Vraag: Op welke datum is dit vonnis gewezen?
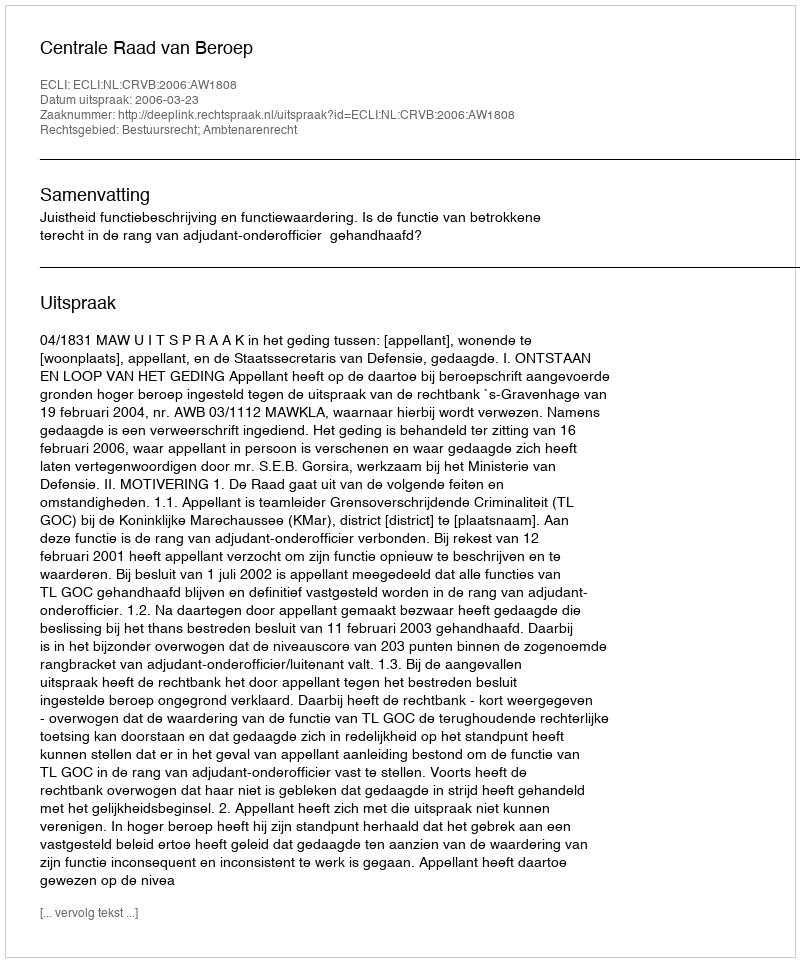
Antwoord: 2006-03-23